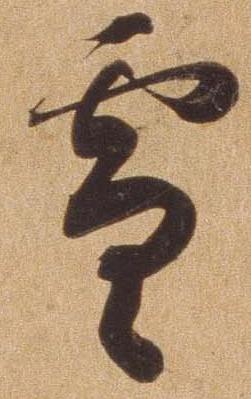
雪